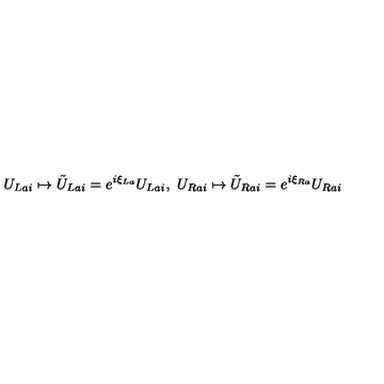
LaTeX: U _ { L a i } \mapsto \tilde { U } _ { L a i } = e ^ { i \xi _ { L a } } U _ { L a i } , \ U _ { R a i } \mapsto \tilde { U } _ { R a i } = e ^ { i \xi _ { R a } } U _ { R a i }